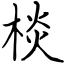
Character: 棪